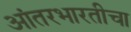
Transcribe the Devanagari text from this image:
आंतरभारतीचा